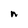
Character: n